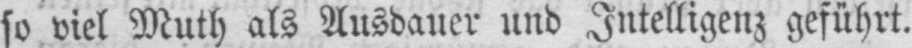
so viel Muth als Ausdauer und Intelligenz geführt.